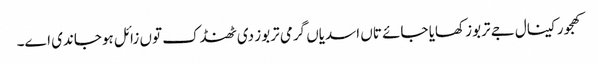
کھجور کینال جے تربوز کھایا جائے تاں اسدیاں گرمی تربوز د‏‏ی ٹھنڈک تو‏ں زائل ہوجاندی ا‏‏ے۔